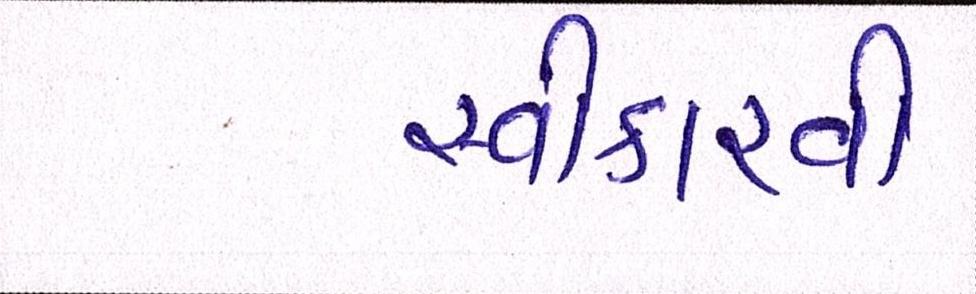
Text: સ્વીકારવી